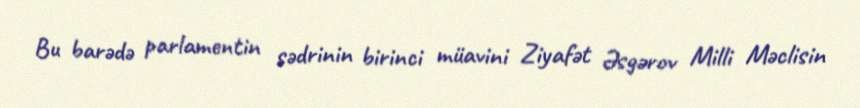
Bu barədə parlamentin sədrinin birinci müavini Ziyafət Əsgərov Milli Məclisin